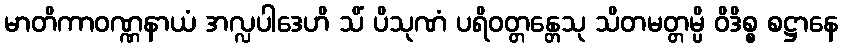
မာတိကာဝဏ္ဏနာယံ အလ္လပါဒေဟိ သိံ ပိသုဏံ ပရိဝတ္တန္တေသု သိတမတ္တမ္ပိ ဝိဒိစ္စ စဋ္ဌာနေ